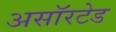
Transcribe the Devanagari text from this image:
असॉरटेड